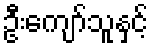
ဦးကျော်သူနှင့်